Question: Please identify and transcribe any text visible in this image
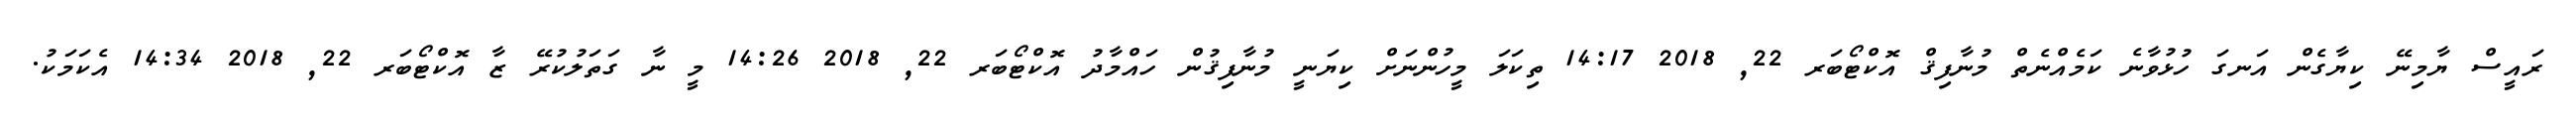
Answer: ރައީސް ޔާމިނޭ ކިޔާގެން އަނގަ ހުޅުވާނެ ކަމެއްނެތް މުނާފިޤް އޮކްޓޯބަރ 22, 2018 14:17 ތިކަލަ މީހުންނަށް ކިޔަނީ މުނާފިޤުން ހައްމާދު އޮކްޓޯބަރ 22, 2018 14:26 މީ ނާ ގަތަލުކުރޭ ޒާ އޮކްޓޯބަރ 22, 2018 14:34 އެކަމަކު.